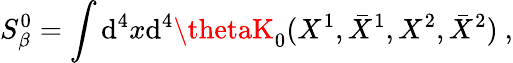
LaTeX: S_{\beta}^{0}=\int\mathrm{d}^{4}x\mathrm{d}^{4}\thetaK_{0}(X^{1},\bar{{X}}^{1},X^{2},\bar{{X}}^{2})\ ,